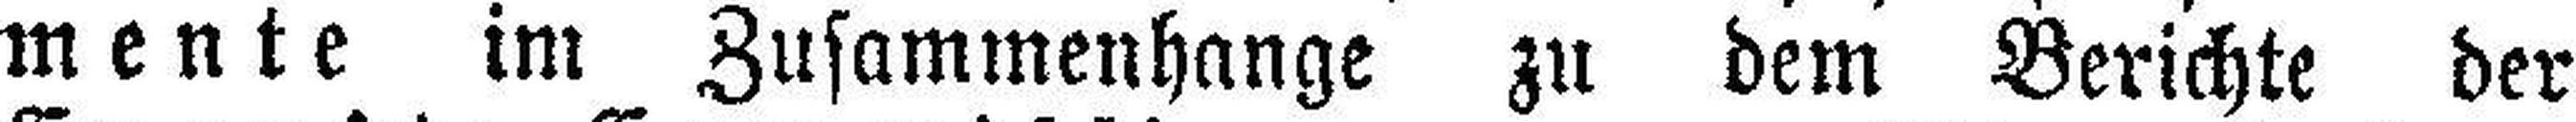
mente im Zusammenhange zu dem Berichte der